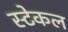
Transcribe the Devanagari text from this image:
स्टेकल